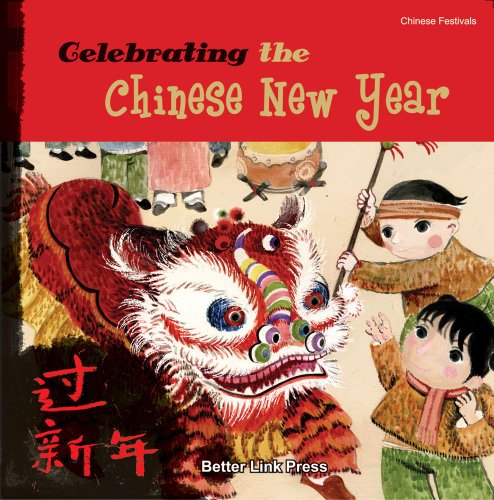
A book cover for Celebrating the Chinese New Year (Chinese Festivals); Sanmu Tang; Children's Books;